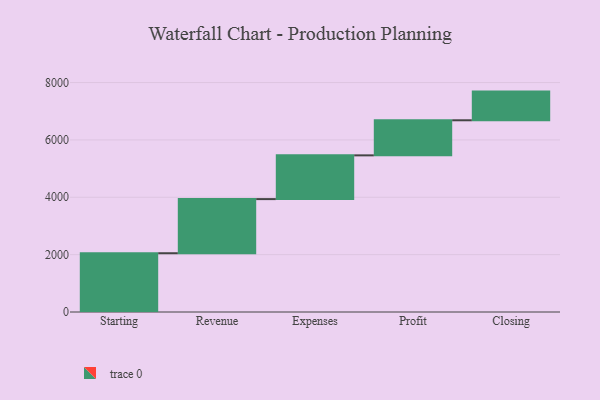
{"axis": {"x": "Step", "y": "Value"}, "legend": [""], "data": [{"x": "Starting", "y": 2049.0, "type": ""}, {"x": "Revenue", "y": 1887.0, "type": ""}, {"x": "Expenses", "y": 1525.0, "type": ""}, {"x": "Profit", "y": 1223.0, "type": ""}, {"x": "Closing", "y": 1000, "type": ""}]}